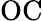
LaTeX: \mathrm{OC}